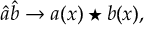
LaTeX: \hat { a } \hat { b } \rightarrow a ( x ) \star b ( x ) ,